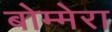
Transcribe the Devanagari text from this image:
बोम्मेरा